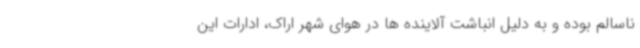
ناسالم بوده و به دلیل انباشت آلاینده ها در هوای شهر اراک، ادارات این